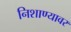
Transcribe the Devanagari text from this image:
निशाण्यावर